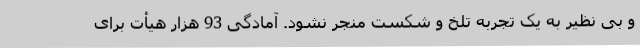
و بی نظیر به یک تجربه تلخ و شکست منجر نشود. آمادگی 93 هزار هیأت برای